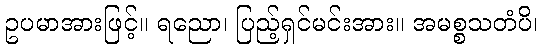
ဥပမာအားဖြင့်။ ရညော၊ ပြည့်ရှင်မင်းအား။ အမစ္စသတံပိ၊